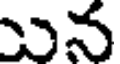
ున